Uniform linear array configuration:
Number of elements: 8
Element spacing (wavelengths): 0.75
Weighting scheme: kaiser
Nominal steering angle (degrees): -45
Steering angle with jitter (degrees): -43.718
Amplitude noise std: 0.05
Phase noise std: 0.05

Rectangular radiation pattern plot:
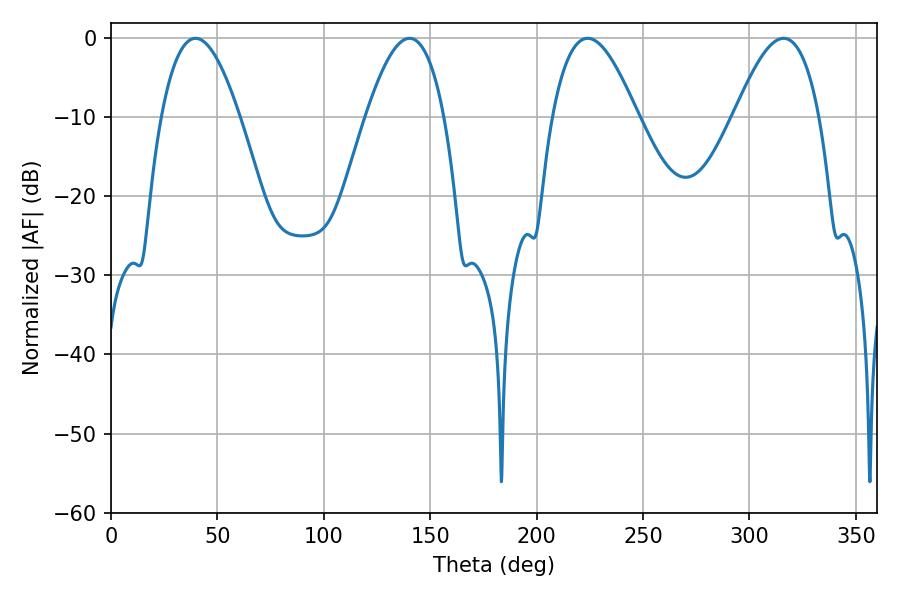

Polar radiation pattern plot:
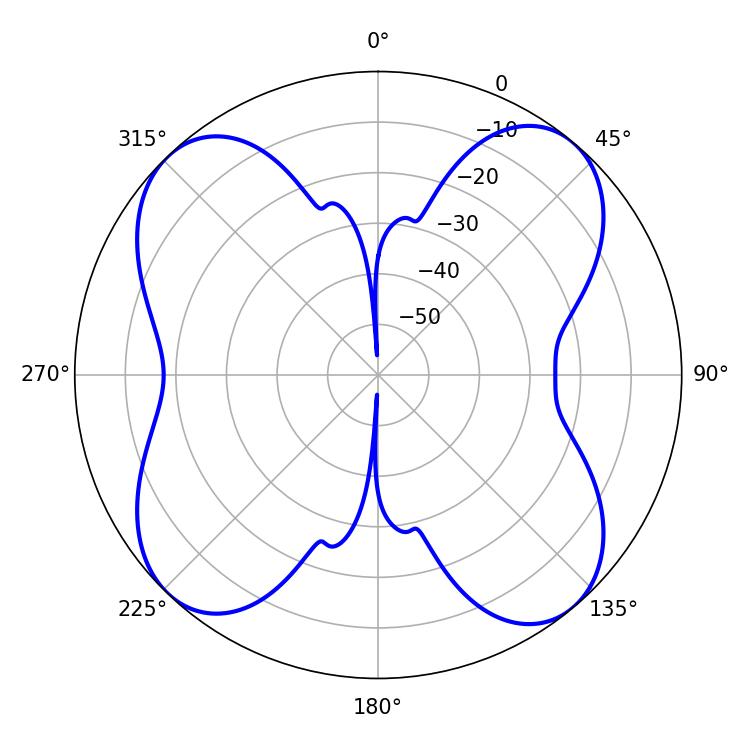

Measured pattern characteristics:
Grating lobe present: TRUE
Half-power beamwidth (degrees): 21.78
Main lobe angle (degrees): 223.92